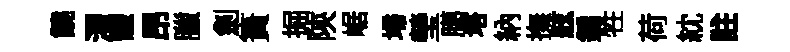
饒濯黻昂臘劍簣掘陝崌埽瑩臈塔納撫舷鍾牲荷紞註